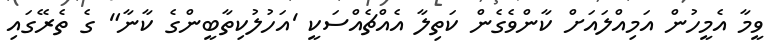
ވީމާ އެމީހުން އަމިއްލައަށް ކާންވެގެން ކަތިލާ އެއްޗެއްސަކީ 'އަހުލުކިތާބީންގެ ކާނާ" ގެ ތެރޭގައި